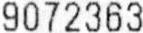
9072363